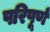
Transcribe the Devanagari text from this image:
परिपूर्ण